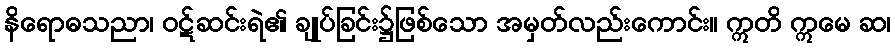
နိရောဓသညာ၊ ဝဋ်ဆင်းရဲ၏ ချုပ်ခြင်း၌ဖြစ်သော အမှတ်လည်းကောင်း။ ဣတိ ဣမေ ဆ၊